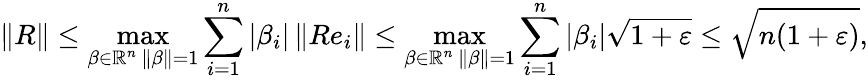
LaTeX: \| R\| \leq\operatorname*{max}_{\substack{\beta\in\mathbb{R}^{n}\, \| \beta\| =1}}\sum_{i=1}^{n}|\beta_{i}|\, \| Re_{i}\| \leq\operatorname*{max}_{\substack{\beta\in\mathbb{R}^{n}\, \| \beta\| =1}}\sum_{i=1}^{n}|\beta_{i}|\sqrt{1+\varepsilon}\leq\sqrt{n(1+\varepsilon)},